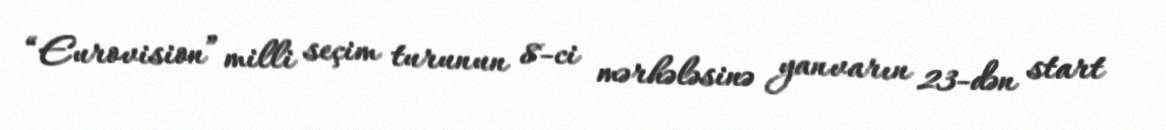
“Eurovision” milli seçim turunun 8-ci mərhələsinə yanvarın 23-dən start